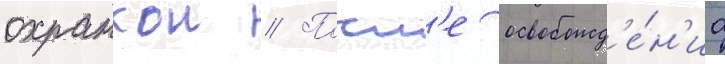
охранкои // Посл'е освобожд'е́н'иа